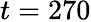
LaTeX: t=270